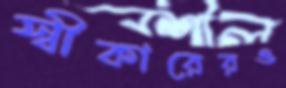
স্বীকারেরও